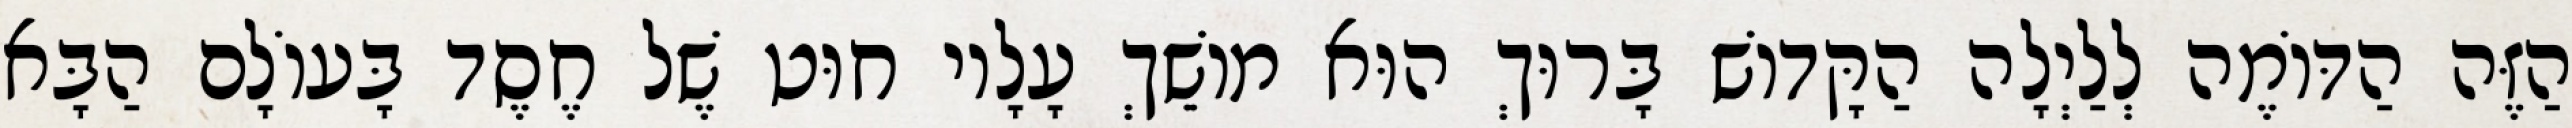
הַזֶּה הַדּוֹמֶה לְלַיְלָה הַקָּדוֹשׁ בָּרוּךְ הוּא מוֹשֵׁךְ עָלָיו חוּט שֶׁל חֶסֶד בָּעוֹלָם הַבָּא